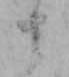
ま